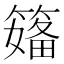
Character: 𱸣